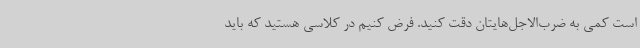
است کمی به ضرب‌الاجل‌هایتان دقت کنید. فرض کنیم در کلاسی هستید که باید